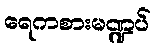
ရေကစားမဏ္ဍပ်